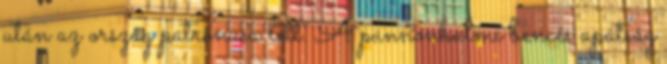
után az ország patrónusa lett. A pannonhalmi bencés apátság